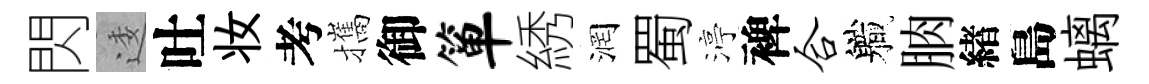
閃逶吐妆考攜御箪綉润蜀渟裨合軄朒緖島螭